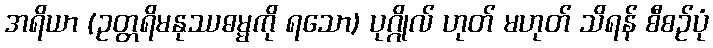
အရိယာ (ဥတ္တရိမနုဿဓမ္မကို ရသော) ပုဂ္ဂိုလ် ဟုတ် မဟုတ် သိရန် စီစဉ်ပုံ